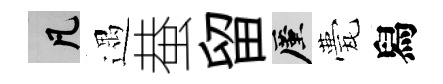
凡遇蛬留厪甍舄